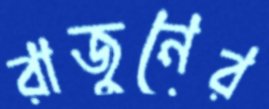
রাজুনের